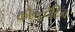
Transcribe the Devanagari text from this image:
कौन्स्टैटिन